Report of the Imperial Institute of Veterinary Research, Muktesar
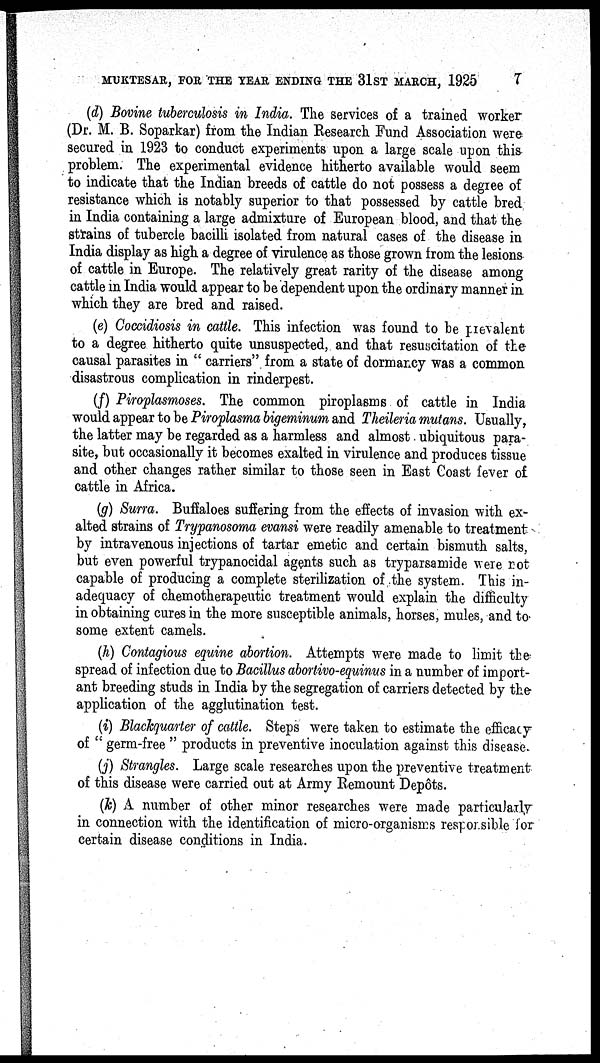
MUKTESAR, FOR THE YEAR ENDING THE 31ST MARCH, 1925
7
(d) Bovine tuberculosis in India. The services of a trained worker
(Dr. M. B. Soparkar) from the Indian Research Fund Association were
secured in 1923 to conduct experiments upon a large scale upon this
problem. The experimental evidence hitherto available would seem
to indicate that the Indian breeds of cattle do not possess a degree of
resistance which is notably superior to that possessed by cattle bred
in India containing a large admixture of European blood, and that the
strains of tubercle bacilli isolated from natural cases of the disease in
India display as high a degree of virulence as those grown from the lesions
of cattle in Europe. The relatively great rarity of the disease among
cattle in India would appear to be dependent upon the ordinary manner in
which they are bred and raised.
(e) Coccidiosis in cattle. This infection was found to be prevalent
to a degree hitherto quite unsuspected, and that resuscitation of the
causal parasites in " carriers" from a state of dormancy was a common
disastrous complication in rinderpest.
(f) Piroplasmoses. The common piroplasms of cattle in India
would appear to be Piroplasma bigeminum and Theileria mutans. Usually,
the latter may be regarded as a harmless and almost ubiquitous para-
site, but occasionally it becomes exalted in virulence and produces tissue
and other changes rather similar to those seen in East Coast fever of
cattle in Africa.
(g) Surra. Buffaloes suffering from the effects of invasion with ex-
alted strains of Trypanosoma evansi were readily amenable to treatment
by intravenous injections of tartar emetic and certain bismuth salts,
but even powerful trypanocidal agents such as tryparsamide were rot
capable of producing a complete sterilization of the system. This in-
adequacy of chemotherapeutic treatment would explain the difficulty
in obtaining cures in the more susceptible animals, horses, mules, and to-
some extent camels.
(h) Contagious equine abortion. Attempts were made to limit the
spread of infection due to Bacillus abortivo-equinus in a number of import-
ant breeding studs in India by the segregation of carriers detected by the-
application of the agglutination test.
(i) Blackquarter of cattle. Steps were taken to estimate the efficacy
of " germ-free " products in preventive inoculation against this disease.
(j) Strangles. Large scale researches upon the preventive treatment
of this disease were carried out at Army Remount Depôts.
(k) A number of other minor researches were made particularly
in connection with the identification of micro-organisms responsible for
certain disease conditions in India.